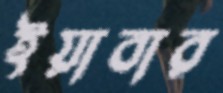
ইয়াবার